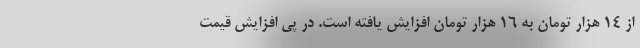
از 14 هزار تومان به 16 هزار تومان افزایش یافته است. در پی افزایش قیمت